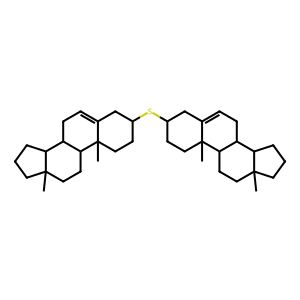
SMILES: CC12CCCC1C1CC=C3CC(SC4CCC5(C)C(=CCC6C7CCCC7(C)CCC65)C4)CCC3(C)C1CC2
Inhibits HIV replication: No